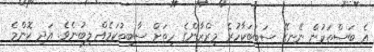
އެ ބަސްތަކުން ނޭނގޭ ސަބަބަކާހުރެ މިރްޒާންގެ ހިތަށް ސާބިތުކަމެއް ލިބުނެވެ. އަދި ކޮންމެ